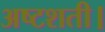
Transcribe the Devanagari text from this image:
अष्टशती।